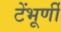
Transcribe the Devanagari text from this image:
टेंभूर्णी